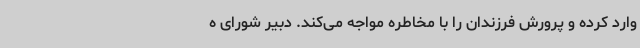
وارد کرده و پرورش فرزندان را با مخاطره مواجه می‌کند. دبیر شورای ه